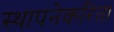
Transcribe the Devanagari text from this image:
स्थापनेकरिता